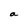
Character: a